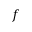
f